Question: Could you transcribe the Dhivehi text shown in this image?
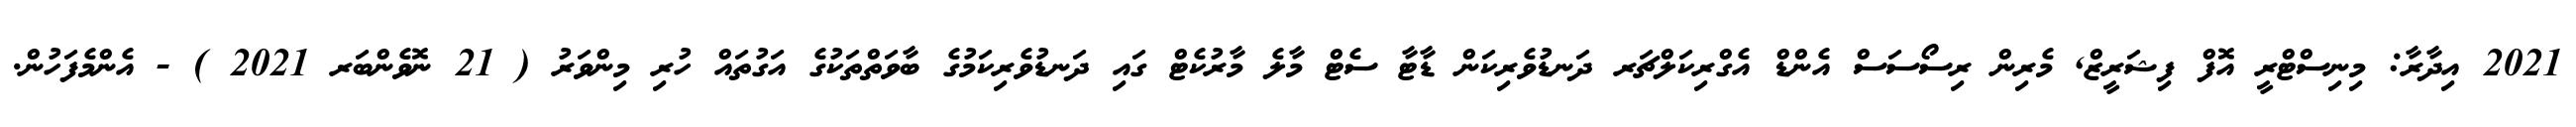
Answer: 2021 އިދާރާ: މިނިސްޓްރީ އޮފް ފިޝަރީޒް, މެރިން ރިސޯސަސް އެންޑް އެގްރިކަލްޗަރ ދަނޑުވެރިކަން ޑާޓާ ސެޓް މާލެ މާރުކެޓް ގައި ދަނޑުވެރިކަމުގެ ބާވަތްތަކުގެ އަގުތައް ހުރި މިންވަރު ( 21 ނޮވެންބަރ 2021 ) - އެންމެފަހުން.